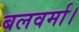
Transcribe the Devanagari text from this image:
बलवर्मा।